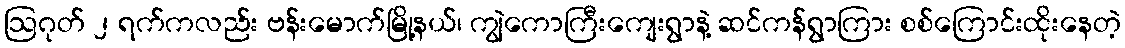
ဩဂုတ် ၂ ရက်ကလည်း ဗန်းမောက်မြို့နယ်၊ ကျွဲကောကြီးကျေးရွာနဲ့ ဆင်ကန်ရွာကြား စစ်ကြောင်းထိုးနေတဲ့